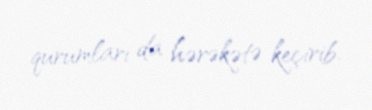
qurumları da hərəkətə keçirib.